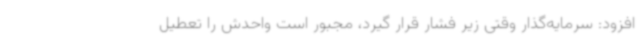
افزود: سرمایه‌گذار وقتی زیر فشار قرار گیرد، مجبور است واحدش را تعطیل